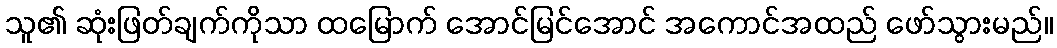
သူ၏ ဆုံးဖြတ်ချက်ကိုသာ ထမြောက် အောင်မြင်အောင် အကောင်အထည် ဖော်သွားမည်။